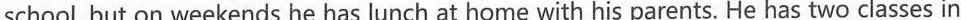
school, but on weekends he has lunch at home with his parents. He has two classes in